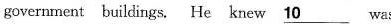
government buildings. He knew\underline{10}was